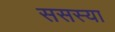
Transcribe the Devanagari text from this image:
ससस्या